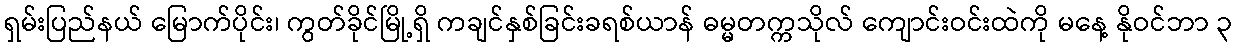
ရှမ်းပြည်နယ် မြောက်ပိုင်း၊ ကွတ်ခိုင်မြို့ရှိ ကချင်နှစ်ခြင်းခရစ်ယာန် ဓမ္မတက္ကသိုလ် ကျောင်းဝင်းထဲကို မနေ့ နိုဝင်ဘာ ၃